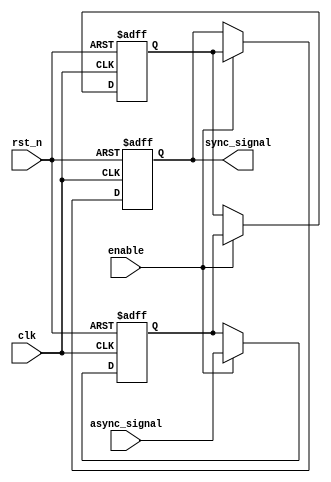
module signal_level_crossing_synchronizer #(
    parameter WIDTH = 1 // Parameter for the width of the input signal
)(
    input  wire          clk,           // Clock of the receiving domain
    input  wire          rst_n,         // Active low reset
    input  wire          enable,        // Enable signal
    input  wire [WIDTH-1:0] async_signal, // Asynchronous input signal
    output reg  [WIDTH-1:0] sync_signal   // Synchronized output signal
);

    // Internal flip-flop registers
    reg [WIDTH-1:0] ff1, ff2;

    always @(posedge clk or negedge rst_n) begin
        if (!rst_n) begin
            ff1 <= {WIDTH{1'b0}};   // Initialize ff1 to 0 on reset
            ff2 <= {WIDTH{1'b0}};   // Initialize ff2 to 0 on reset
            sync_signal <= {WIDTH{1'b0}}; // Initialize sync_signal to 0 on reset
        end else if (enable) begin
            ff1 <= async_signal;      // Sample the asynchronous signal
            ff2 <= ff1;               // Sample the output of the first flip-flop
            sync_signal <= ff2;       // Output the synchronized signal
        end
    end

endmodule